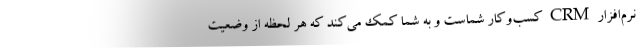
نرم‌افزار CRM کسب‌وکار شماست و به شما کمک می‌کند که هر لحظه از وضعیت